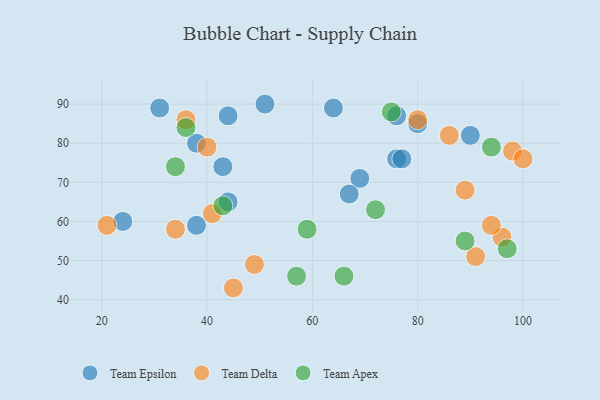
{"axis": {"x": "GDP", "y": "Life Expectancy"}, "legend": ["Team Apex", "Team Delta", "Team Epsilon"], "data": [{"x": "38", "y": 59, "type": "Team Epsilon"}, {"x": "76", "y": 87, "type": "Team Epsilon"}, {"x": "90", "y": 82, "type": "Team Epsilon"}, {"x": "38", "y": 80, "type": "Team Epsilon"}, {"x": "69", "y": 71, "type": "Team Epsilon"}, {"x": "67", "y": 67, "type": "Team Epsilon"}, {"x": "76", "y": 76, "type": "Team Epsilon"}, {"x": "31", "y": 89, "type": "Team Epsilon"}, {"x": "43", "y": 74, "type": "Team Epsilon"}, {"x": "44", "y": 87, "type": "Team Epsilon"}, {"x": "51", "y": 90, "type": "Team Epsilon"}, {"x": "80", "y": 85, "type": "Team Epsilon"}, {"x": "77", "y": 76, "type": "Team Epsilon"}, {"x": "24", "y": 60, "type": "Team Epsilon"}, {"x": "44", "y": 65, "type": "Team Epsilon"}, {"x": "64", "y": 89, "type": "Team Epsilon"}, {"x": "96", "y": 56, "type": "Team Delta"}, {"x": "40", "y": 79, "type": "Team Delta"}, {"x": "80", "y": 86, "type": "Team Delta"}, {"x": "36", "y": 86, "type": "Team Delta"}, {"x": "41", "y": 62, "type": "Team Delta"}, {"x": "91", "y": 51, "type": "Team Delta"}, {"x": "94", "y": 59, "type": "Team Delta"}, {"x": "89", "y": 68, "type": "Team Delta"}, {"x": "98", "y": 78, "type": "Team Delta"}, {"x": "34", "y": 58, "type": "Team Delta"}, {"x": "45", "y": 43, "type": "Team Delta"}, {"x": "49", "y": 49, "type": "Team Delta"}, {"x": "21", "y": 59, "type": "Team Delta"}, {"x": "86", "y": 82, "type": "Team Delta"}, {"x": "100", "y": 76, "type": "Team Delta"}, {"x": "66", "y": 46, "type": "Team Apex"}, {"x": "59", "y": 58, "type": "Team Apex"}, {"x": "89", "y": 55, "type": "Team Apex"}, {"x": "43", "y": 64, "type": "Team Apex"}, {"x": "75", "y": 88, "type": "Team Apex"}, {"x": "36", "y": 84, "type": "Team Apex"}, {"x": "57", "y": 46, "type": "Team Apex"}, {"x": "34", "y": 74, "type": "Team Apex"}, {"x": "72", "y": 63, "type": "Team Apex"}, {"x": "94", "y": 79, "type": "Team Apex"}, {"x": "97", "y": 53, "type": "Team Apex"}]}